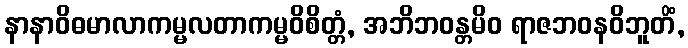
နာနာဝိဓမာလာကမ္မလတာကမ္မဝိစိတ္တံ, အဘိဘဝန္တမိဝ ရာဇဘဝနဝိဘူတိံ,